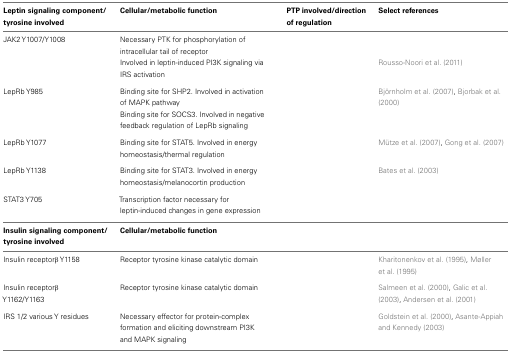
<table><thead><tr><td><b>Leptin signaling component/tyrosine involved</b></td><td><b>Cellular/metabolic function</b></td><td><b>PTP involved/direction of regulation</b></td><td><b>Select references</b></td></tr></thead><tbody><tr><td>JAK2 Y1007/Y1008</td><td>Necessary PTK for phosphorylation of intracellular tail of receptor</td><td>[EMPTY_CELL]</td><td>[EMPTY_CELL]</td></tr><tr><td>[EMPTY_CELL]</td><td>Involved in leptin-induced PI3K signaling via IRS activation</td><td>[EMPTY_CELL]</td><td>Rousso-Noori et al. (2011)</td></tr><tr><td>LepRb Y985</td><td>Binding site for SHP2. Involved in activation of MAPK pathway</td><td>[EMPTY_CELL]</td><td>Björnholm et al. (2007), Bjorbak et al. (2000)</td></tr><tr><td>[EMPTY_CELL]</td><td>Binding site for SOCS3. Involved in negative feedback regulation of LepRb signaling</td><td>[EMPTY_CELL]</td></tr><tr><td>LepRb Y1077</td><td>Binding site for STAT5. Involved in energy homeostasis/thermal regulation</td><td>[EMPTY_CELL]</td><td>Mütze et al. (2007), Gong et al. (2007)</td></tr><tr><td>LepRb Y1138</td><td>Binding site for STAT3. Involved in energy homeostasis/melanocortin production</td><td>[EMPTY_CELL]</td><td>Bates et al. (2003)</td></tr><tr><td>STAT3 Y705</td><td>Transcription factor necessary for leptin-induced changes in gene expression</td><td>[EMPTY_CELL]</td><td>[EMPTY_CELL]</td></tr><tr><td><b>Insulin signaling component/tyrosine involved</b></td><td><b>Cellular/metabolic function</b></td><td>[EMPTY_CELL]</td><td>[EMPTY_CELL]</td></tr><tr><td>Insulin receptorβ Y1158</td><td>Receptor tyrosine kinase catalytic domain</td><td>[EMPTY_CELL]</td><td>Kharitonenkov et al. (1995), Møller et al. (1995)</td></tr><tr><td>Insulin receptorβ Y1162/Y1163</td><td>Receptor tyrosine kinase catalytic domain</td><td>[EMPTY_CELL]</td><td>Salmeen et al. (2000), Galic et al. (2003), Andersen et al. (2001)</td></tr><tr><td>IRS 1/2 various Y residues</td><td>Necessary effector for protein-complex formation and eliciting downstream PI3K and MAPK signaling</td><td>[EMPTY_CELL]</td><td>Goldstein et al. (2000), Asante-Appiah and Kennedy (2003)</td></tr></tbody></table>